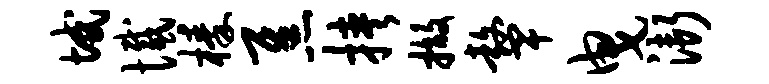
域憾榛焦挟撤鼙曳渐